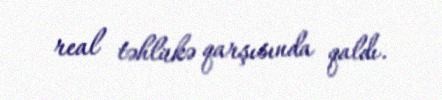
real təhlükə qarşısında qaldı.